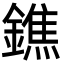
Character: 鐎